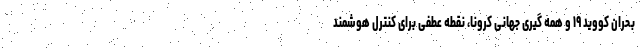
بحران کووید ۱۹ و همه گیری جهانی کرونا، نقطه عطفی برای کنترل هوشمند